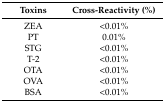
<table><thead><tr><td><b>Toxins</b></td><td><b>Cross-Reactivity (%)</b></td></tr></thead><tbody><tr><td>ZEA</td><td>&lt;0.01%</td></tr><tr><td>PT</td><td>0.01%</td></tr><tr><td>STG</td><td>&lt;0.01%</td></tr><tr><td>T-2</td><td>&lt;0.01%</td></tr><tr><td>OTA</td><td>&lt;0.01%</td></tr><tr><td>OVA</td><td>&lt;0.01%</td></tr><tr><td>BSA</td><td>&lt;0.01%</td></tr></tbody></table>